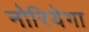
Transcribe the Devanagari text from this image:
नोरियेगा